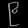
Digit: ၉